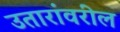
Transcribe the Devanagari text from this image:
उतारांवरील